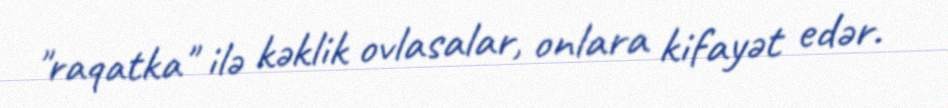
"raqatka" ilə kəklik ovlasalar, onlara kifayət edər.